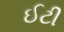
ઈટી